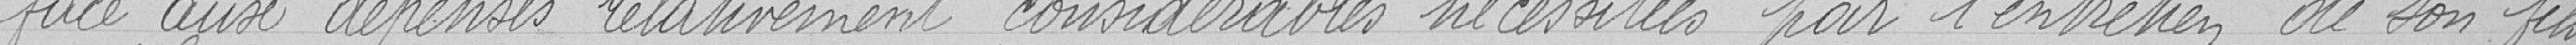
face aux dépenses relativement considérables nécessitées pour l'entretien de son fils